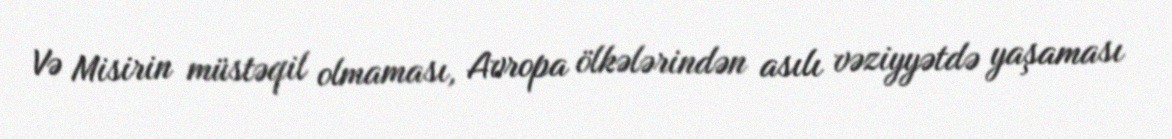
Və Misirin müstəqil olmaması, Avropa ölkələrindən asılı vəziyyətdə yaşaması